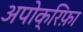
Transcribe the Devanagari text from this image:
अपोक्रिफ़ा